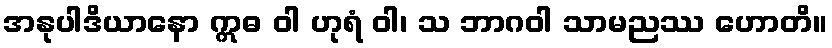
အနုပါဒိယာနော ဣဓ ဝါ ဟုရံ ဝါ၊ သ ဘာဂဝါ သာမညဿ ဟောတိ။